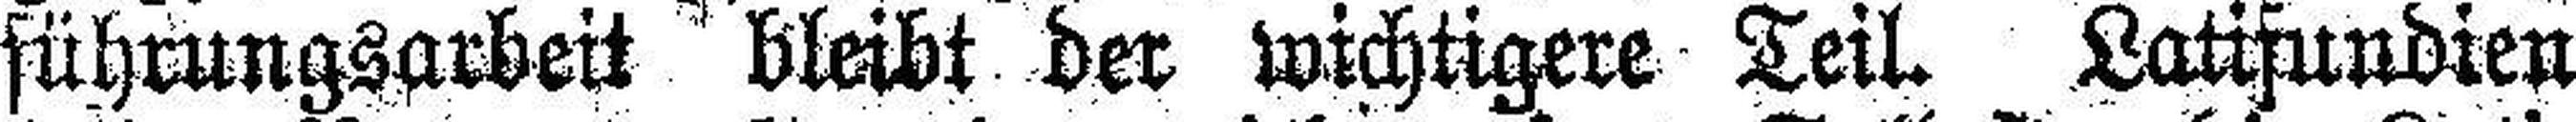
führungsarbeit bleibt der wichtigere Teil. Latifundien